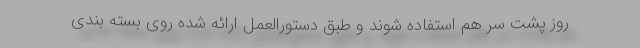
روز پشت سر هم استفاده شوند و طبق دستورالعمل ارائه شده روی بسته بندی